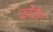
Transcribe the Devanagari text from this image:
कोवेर